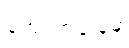
အောက်ခြေမှ